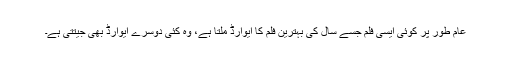
عام طور پر کوئی ایسی فلم جسے سال کی بہترین فلم کا ایوارڈ ملتا ہے، وہ کئی دوسرے ایوارڈ بھی جیتتی ہے۔